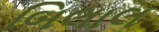
બિલાલ